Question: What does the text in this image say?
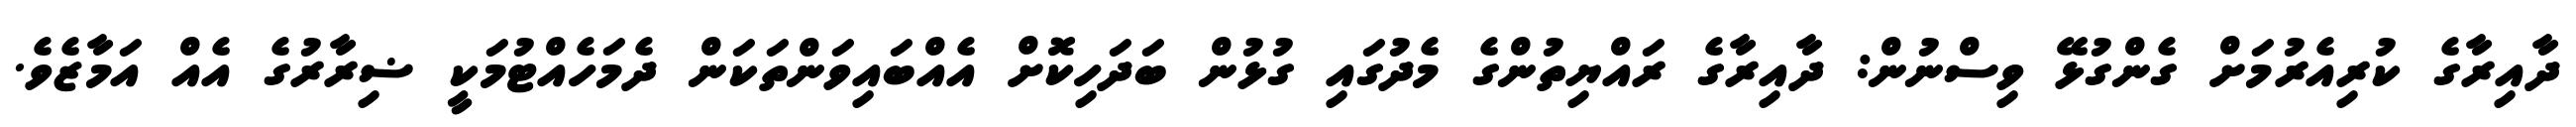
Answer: ދާއިރާގެ ކުރިއެރުމަށް ގެންގުޅޭ ވިސްނުން: ދާއިރާގެ ރައްޔިތުންގެ މެދުގައި ގުޅުން ބަދަހިކޮށް އެއްބައިވަންތަކަން ދެމަހެއްޓުމަކީ ޟިރާރުގެ އެއް އަމާޒެވެ.